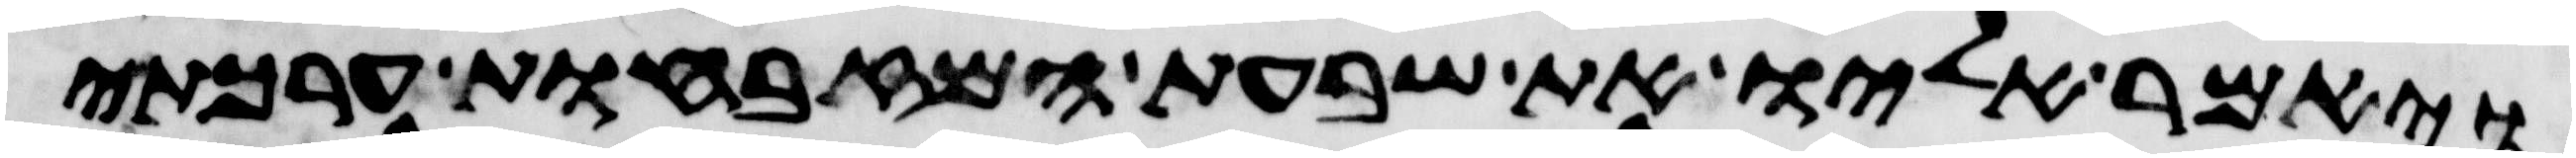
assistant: ויאמר אליו את שבעת המזבחות ערכתי